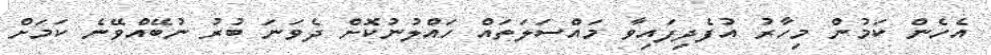
އެހެން ކަމުން މިހާރު އުފެދިފައިވާ މައްސަލަތައް ހައްލުނުކޮށް ދެވަނަ ބުރު ނުބޭއްވޭނެ ކަމަށް